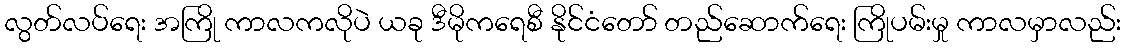
လွတ်လပ်ရေး အကြို ကာလကလိုပဲ ယခု ဒီမိုကရေစီ နိုင်ငံတော် တည်ဆောက်ရေး ကြိုပမ်းမှု ကာလမှာလည်း